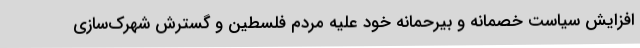
افزایش سیاست خصمانه و بیرحمانه خود علیه مردم فلسطین و گسترش شهرک‌سازی